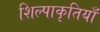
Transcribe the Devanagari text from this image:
शिल्पाकृतियाँ